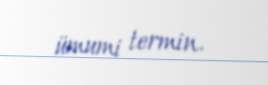
ümumi termin.